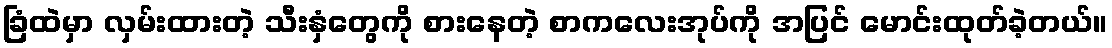
ခြံထဲမှာ လှမ်းထားတဲ့ သီးနှံတွေကို စားနေတဲ့ စာကလေးအုပ်ကို အပြင် မောင်းထုတ်ခဲ့တယ်။